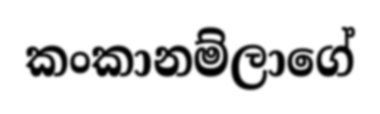
කංකානම්ලාගේ